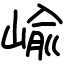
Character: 崳